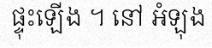
ផ្ទុះឡើង ។ នៅ អំឡុង